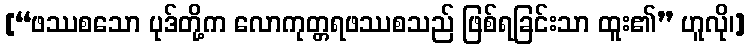
[“ဖဿစသော ပုဒ်တို့က လောကုတ္တရဖဿစသည် ဖြစ်ရခြင်းသာ ထူး၏” ဟူလို၊]